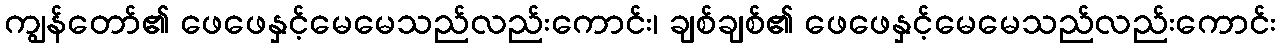
ကျွန်တော်၏ ဖေဖေနှင့်မေမေသည်လည်းကောင်း၊ ချစ်ချစ်၏ ဖေဖေနှင့်မေမေသည်လည်းကောင်း